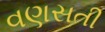
વણસતી